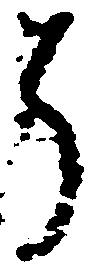
う